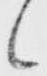
候